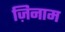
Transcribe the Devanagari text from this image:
ज़िनाम